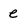
Character: e